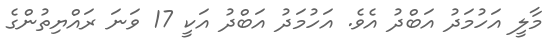
މާލީ އަހުމަދު އަބްދު އެވެ. އަހުމަދު އަބްދު އަކީ 17 ވަނަ ރައްޔިތުންގެ